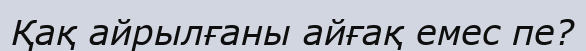
Қақ айрылғаны айғақ емес пе?